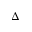
\Delta